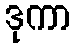
ဒုကာ